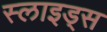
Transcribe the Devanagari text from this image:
स्‍लाइड्स